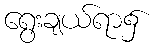
ရွေးချယ်ရာ၌